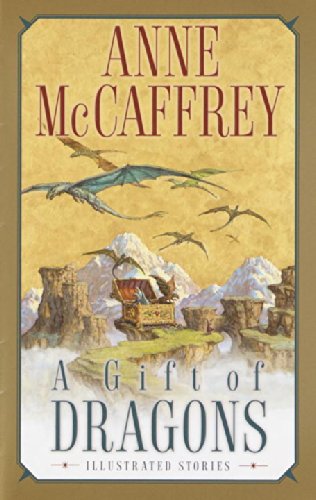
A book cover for A Gift of Dragons (Pern); Anne McCaffrey; Science Fiction & Fantasy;